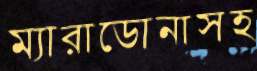
ম্যারাডোনাসহ